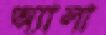
অ্যালা